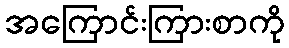
အကြောင်းကြားစာကို